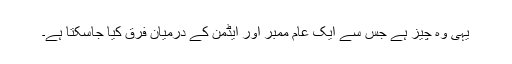
یہی وہ چیز ہے جس سے ایک عام ممبر اور ایڈمن کے درمیان فرق کیا جاسکتا ہے۔